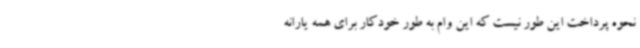
نحوه پرداخت این طور نیست که این وام به طور خودکار برای همه یارانه